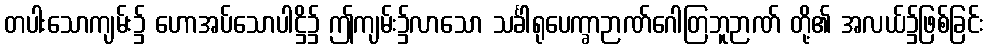
တပါးသောကျမ်း၌ ဟောအပ်သောပါဋ္ဌိ၌ ဤကျမ်း၌လာသော သင်္ခါရုပေက္ခာဉာဏ်ဂေါတြဘူဉာဏ် တို့၏ အလယ်၌ဖြစ်ခြင်း